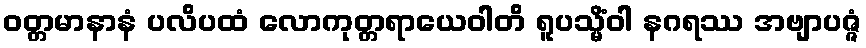
ဝတ္တမာနာနံ ပလိပထံ လောကုတ္တရာယေဝါတိ ရူပသ္မိံဝါ နဂရဿ အဗျာပဇ္ဇံ